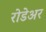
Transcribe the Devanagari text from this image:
रोडेअर